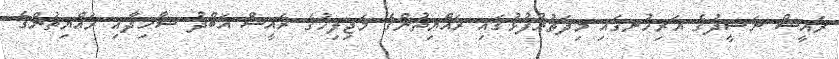
ރައީސް ނަޝީދުގެ އަރިހުނގައި މިދަތުރުފުޅުގައި ރައްޔިތުންގެ މަޖިލިހުގެ ރައީސް އަބްދު ޝާހިދާއި ރައްޔިތުންގެ